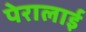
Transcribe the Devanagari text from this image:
पेरालाई